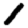
Digit: 1